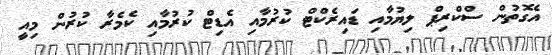
އެގޮތުން ސްކްރިޕް ލިޔުމާއި ޑައިރެކްޓް ކުރުމާއި އެޑިޓް ކުރުމާއި ކެމެރާ ކުރުން މިއީ